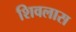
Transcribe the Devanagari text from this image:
शिवलास